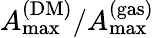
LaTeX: A_{\mathrm{max}}^{\mathrm{(DM)}}/A_{\mathrm{max}}^{\mathrm{(gas)}}